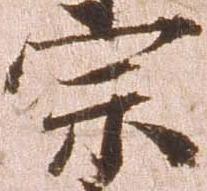
宗